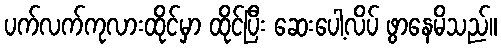
ပက်လက်ကုလားထိုင်မှာ ထိုင်ပြီး ဆေးပေါ့လိပ် ဖွာနေမိသည်။